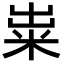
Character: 粜